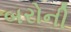
બરોની